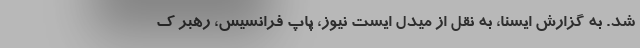
شد. به گزارش ایسنا، به نقل از میدل ایست نیوز، پاپ فرانسیس، رهبر ک